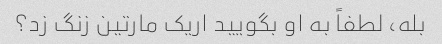
بله، لطفاً به او بگویید اریک مارتین زنگ زد؟